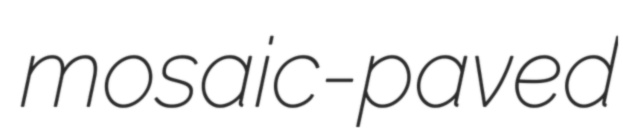
mosaic-paved